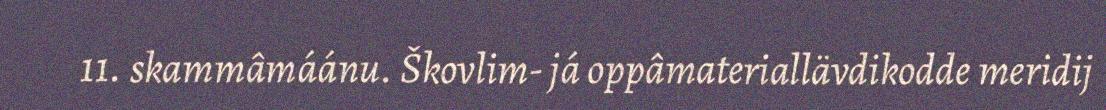
11. skammâmáánu. Škovlim- já oppâmateriallävdikodde meridij